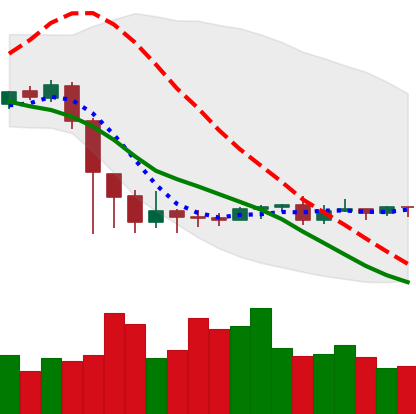
Ticker: ETC-USD
Chart end date: 2020-09-18
Forward return: -6.874%
Label: down_5_7